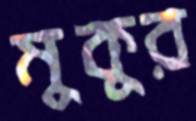
মুকুর